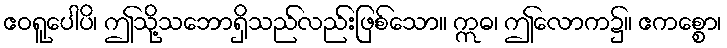
ဧဝရူပေါပိ၊ ဤသို့သဘောရှိသည်လည်းဖြစ်သော။ ဣဓ၊ ဤလောက၌။ ဧကစ္စော၊